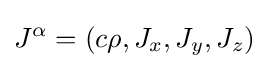
J^{\alpha }=\left(c\rho ,J_{x},J_{y},J_{z}\right)